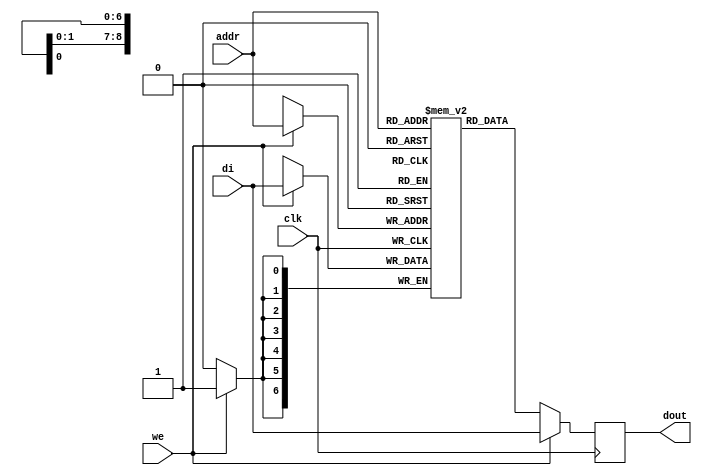

module rams_sp_wf_512x7_block (clk, we, addr, di, dout);
input clk;
input we;
input [8:0] addr;
input [6:0] di;
output [6:0] dout;

(* ram_style = "block" *)
reg [6:0] RAM [511:0];
reg [6:0] dout;



always @(posedge clk)
    begin
        if (we)
        begin
            RAM[addr] <= di;
            dout <= di;
        end
        else
            dout <= RAM[addr];
    end
endmodule